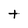
Character: t